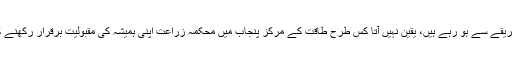
واقعات اتنی تیزی اور حیرت انگیز طریقے سے ہو رہے ہیں، یقین نہیں آتا کس طرح طاقت کے مرکز پنجاب میں محکمہ زراعت اپنی ہمیشہ کی مقبولیت برقرار رکھنے کے لیے اقدامات کرتی نظر آرہی ہے۔